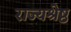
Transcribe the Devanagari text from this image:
राज्यश्रेष्ठ